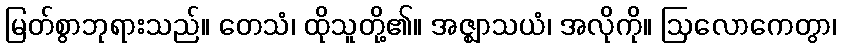
မြတ်စွာဘုရားသည်။ တေသံ၊ ထိုသူတို့၏။ အဇ္ဈာသယံ၊ အလိုကို။ ဩလောကေတွာ၊